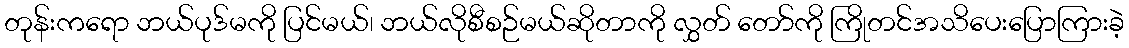
တုန်းကရော ဘယ်ပုဒ်မကို ပြင်မယ်၊ ဘယ်လိုစီစဉ်မယ်ဆိုတာကို လွှတ် တော်ကို ကြိုတင်အသိပေးပြောကြားခဲ့